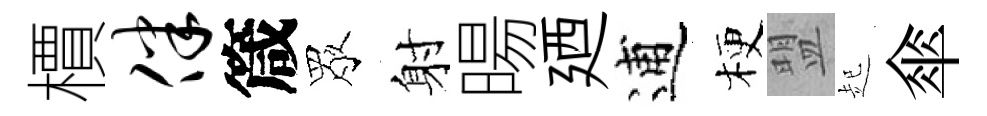
檟伴箴眾射暘廼逋梗盟起傘